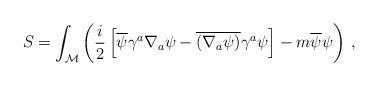
LaTeX: \begin{align*}S = \int_{\mathcal M} \left( {i \over 2} \left[ \overline \psi \gamma^a\nabla_a \psi - \overline{(\nabla_a \psi)} \gamma^a \psi \right] - m \overline\psi \psi \right) \, , \end{align*}